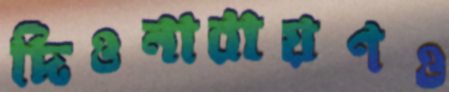
দিওনারায়ণও